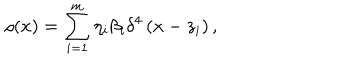
LaTeX: \rho ( x ) = \sum _ { i = 1 } ^ { m } \eta _ { i } \beta _ { i } \delta ^ { 4 } \left( x - z _ { i } \right) ,